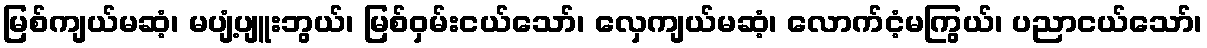
မြစ်ကျယ်မဆံ့၊ မပျံ့ပျူးဘွယ်၊ မြစ်ဝှမ်းငယ်သော်၊ လှေကျယ်မဆံ့၊ လောက်ငံ့မကြွယ်၊ ပညာငယ်သော်၊